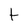
Character: t